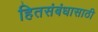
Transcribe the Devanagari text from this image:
हितसंबंधासाठी